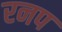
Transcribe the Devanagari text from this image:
रनप